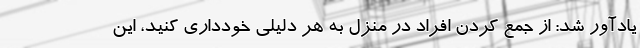
یادآور شد: از جمع کردن افراد در منزل به هر دلیلی خودداری کنید، این